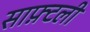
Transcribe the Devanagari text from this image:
साफ़्टली